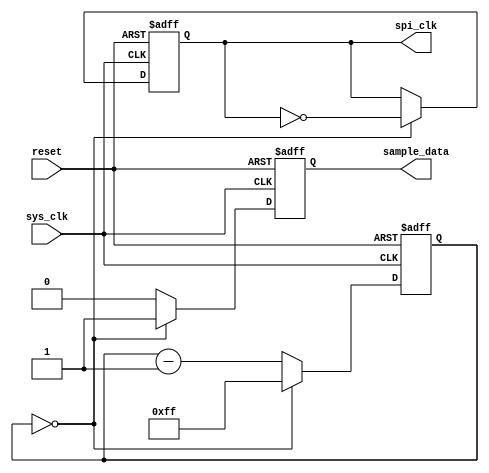
module SPI_Timing_Control_and_Synchronization (
    input wire sys_clk, // System clock input
    input wire reset,   // Reset signal input
    output wire spi_clk, // SPI clock output
    output wire sample_data // Data sampling signal output
);

reg [7:0] div_counter; // Counter for clock division
reg sample_data_reg; // Register for data sampling

always @ (posedge sys_clk or posedge reset) begin
    if (reset) begin
        div_counter <= 8'hFF; // Initialize counter
        spi_clk <= 0; // Initialize SPI clock
        sample_data_reg <= 0; // Initialize data sampling signal
    end else begin
        if (div_counter == 0) begin
            div_counter <= 8'hFF; // Reset counter
            spi_clk <= ~spi_clk; // Toggle SPI clock
            sample_data_reg <= 1; // Set data sampling signal
        end else begin
            div_counter <= div_counter - 1; // Decrement counter
            sample_data_reg <= 0; // Reset data sampling signal
        end
    end
end

assign sample_data = sample_data_reg;

endmodule